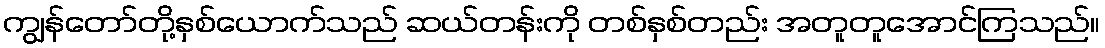
ကျွန်တော်တို့နှစ်ယောက်သည် ဆယ်တန်းကို တစ်နှစ်တည်း အတူတူအောင်ကြသည်။